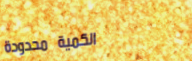
الكمية محدودة